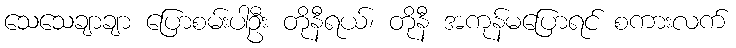
သေသေချာချာ ပြောစမ်းပါဦး တိုနီရယ်၊ တိုနီ အကုန်မပြောရင် စကားလက်